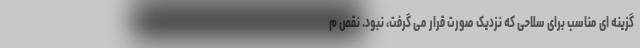
گزینه ای مناسب برای سلاحی که نزدیک صورت قرار می گرفت، نبود. نقص م